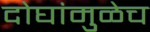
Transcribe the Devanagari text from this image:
दोघांमुळेच